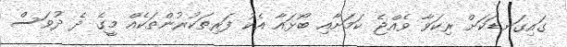
ގައިގަނޑަކަށް ރިކަވާ ވެއްޖެ ކަމަށާއި ބޯޅައާ އެކު ފަރިތަކުރުންތަކެއް މީގެ ދެ ދުވަސް